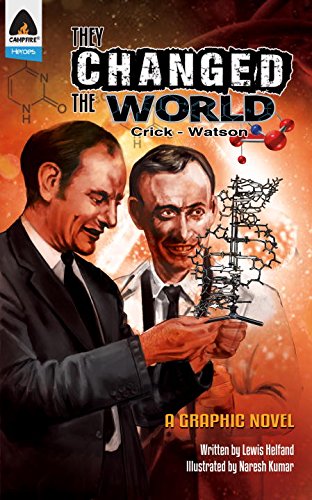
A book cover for They Changed the World: Crick & Watson - The Discovery of DNA (Campfire Graphic Novels); Lewis Helfand; Children's Books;